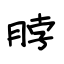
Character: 脖